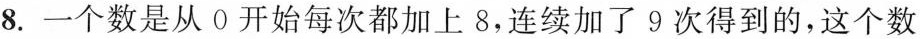
8.一个数是从0开始每次都加上8，连续加了9次得到的，这个数